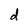
Character: d